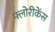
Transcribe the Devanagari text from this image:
फ्लोरीकेंस